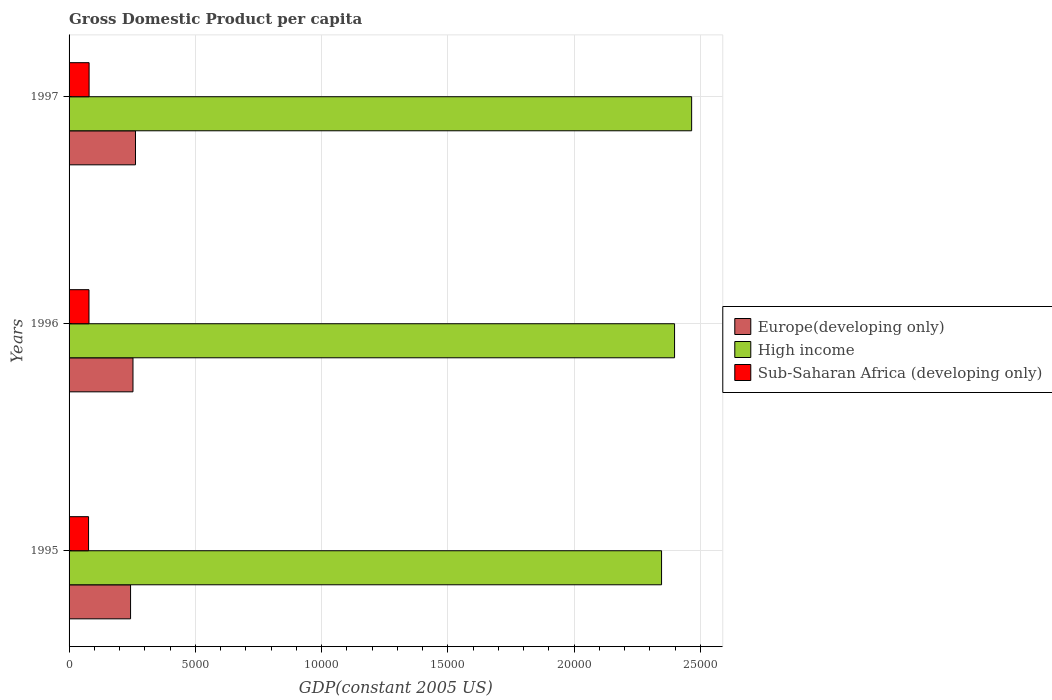
| Years | Europe(developing only) | High income | Sub-Saharan Africa (developing only) |
 | --- | --- | --- | --- |
 | 1995 | 2.44e+03 | 2.35e+04 | 772 |
 | 1996 | 2.53e+03 | 2.4e+04 | 789 |
 | 1997 | 2.63e+03 | 2.47e+04 | 793 |